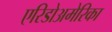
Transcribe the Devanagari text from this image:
एरिडोअमेरिका